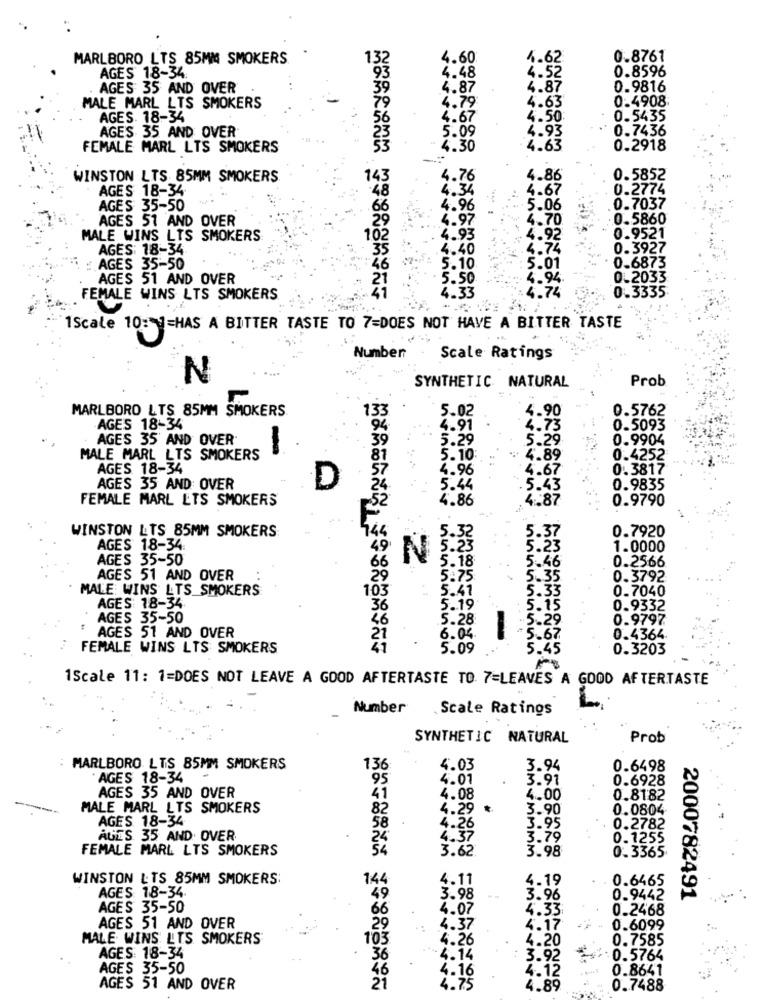
MARLBORO LTS 85MM SMOKERS
32
4.60
0.8761
93
4.62
0.8596
AGES 18-34.
4.48
4.52
AGES 35 AND OVER
87
4.87
0.9816
0.4908
MALE MARL LTS SMOKERS
.7
4.63
AGES. 18-34
4.50
0.5435
AGES 35 AND OVER
0.7436
5.0
4.93
FEMALE MARL LTS SMOKERS
4.30
0.2918
-.:
WINSTON LTS 85MM SMOKERS
143
4.76
4.86
0.5852
AGES 18-34
4.34
4.67
0.2774
48
AGES 35-50
4.96
. 5.06
.0.7037
AGES 51 AND OVER
4.97
4.70
.0.5860
MALE WINS LTS SMOKERS
4.93
4.92
0.9521
AGES: 18-34
35
.4.40
.4.74
0.3927
AGES 35-50
5.10
5.01
0.6873
AGES 51 AND OVER
5.50
4.94
0.2033
0.3335
FEMALE WINS LTS SMOKERS
4.33
4.74
AMARANT THEASRIFF
1Scale 10:1=HAS A BITTER TASTE TO 7=DOES NOT HAVE A BITTER TASTE
Number
Scale Ratings
N
SYNTHETIC NATURAL
Prob
MARLBORO LTS 85MM SMOKERS
5.02
4.90
0.5762
33
AGES 18-34
94
4.91
4.73
0.5093
AGES 35' AND OVER
5.29
5.29
0.9904
-
35
MALE MARL LTS SMOKERS
5.10
4.89
0.4252
AGES 18-34
4.96
4.67
0.3817
AGES 35 AND OVER
D
5.44
.5.43
0.9835
FEMALE MARL LTS SMOKERS
4.86
4.87
0.9790
WINSTON LTS 85MM SMOKERS
0.7920
AGES 18-34.
49
3:23
1.0000
AGES 35-50
5.18
5.46
0.2566
66
AGES 51 AND OVER
29
5.75
5.35
0.3792
MALE: WINS LTS SMOKERS
5.41
5.33
0.7040
103
AGES 18-34
36
5.19
: 5.15
0.9332
AGES 35-50
5.28
-5.29
0.9797
AGES 51 AND OVER
6.04.
5.67
0.4364
FEMALE WINS LTS SMOKERS
5.09
5.45
0.3203
1Scale 11: 1=DOES NOT LEAVE A GOOD AFTERTASTE TO 7=LEAVES A GOOD AFTERTASTE
Number
Scale Ratings
SYNTHETIC NATURAL
Prob
MARLBORO LTS 85MM SMOKERS
136
4.03
3.94
0.6498
. AGES 18-34
95
4.01
3.91
0.6928
AGES 35 AND OVER
41
4.08
4.00
0.8182
MALE MARL LTS SMOKERS
82
4.29 ₺
3.90
0.0804
AGES 18-34
58
4.26
3.95
0.2782
AGES 35 AND OVER
24
4.37
3.79
0.1255
FEMALE MARL LTS SMOKERS
54
3.62
3.98
0.3365
WINSTON LTS 85MM SMOKERS:
144
4.11
4.19
0.6465
AGES 18-34.
3.98
3.96
0.9442
2000782491
AGES 35-50
4.07
4.33
0.2468
AGES 51 AND OVER
29
4.37
4.17
0.6099
MALE WINS LLTS SMOKERS
10
4.26
4.20
0.7585
AGES: 18-34
36
-4.14
3.92
":0.5764
AGES 35-50
46
4.16
4.12
0.8641
AGES 51 AND OVER
21
4.75
4.89
0.7488